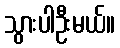
သွားပါဦးမယ်။